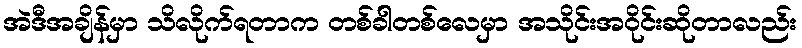
အဲဒီအချိန်မှာ သိလိုက်ရတာက တစ်ခါတစ်လေမှာ အသိုင်းအဝိုင်းဆိုတာလည်း